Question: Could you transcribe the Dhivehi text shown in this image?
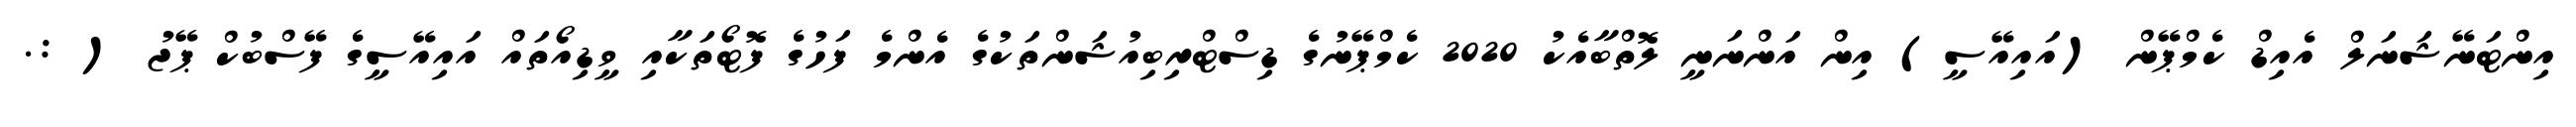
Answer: އިންޓަނޭޝަނަލް އެއިޑް ކެމްޕޭން (އައިއޭސީ) އިން އަންނަނީ ލޮތްބާއެކު 2020 ކެމްޕޭނުގެ ޑިސްޓްރިބިއުޝަންތަކުގެ އެންމެ ފަހުގެ ފޮޓޯތަކާއި ވީޑިއޯތައް އައިއޭސީގެ ފޭސްބުކް ޕޭޖު ( :.